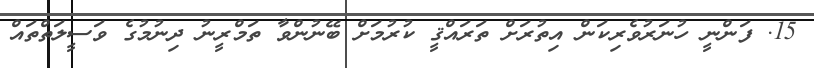
15. ފަންނީ ހުނަރުވެރިކަން އިތުރަށް ތަރައްޤީ ކުރުމަށް ބޭނުންވާ ތަމްރީނު ދިނުމުގެ ވަސީލަތްތައް